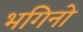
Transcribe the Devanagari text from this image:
भगिनो